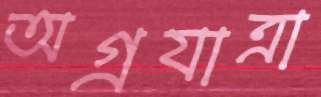
অগ্রযাত্রা